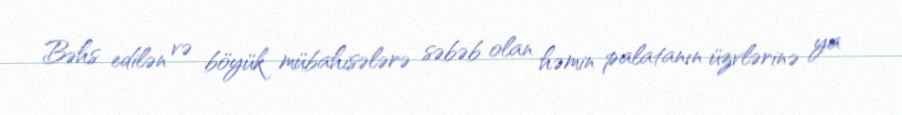
Bəhs edilən və böyük mübahisələrə səbəb olan həmin palatanın üzvlərinə ya